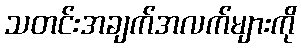
သတင်းအချက်အလက်များကို